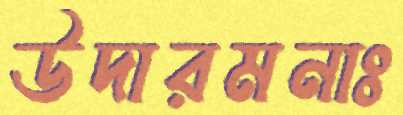
উদারমনাঃ